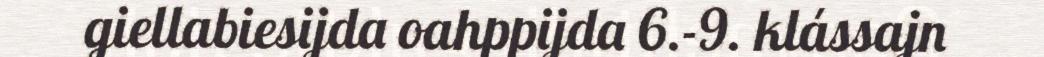
giellabiesijda oahppijda 6.-9. klássajn